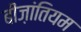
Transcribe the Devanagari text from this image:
बीज़ांतियम